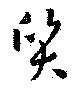
質